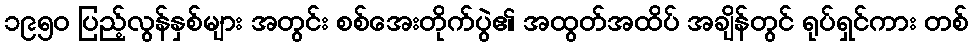
၁၉၅၀ ပြည့်လွန်နှစ်များ အတွင်း စစ်အေးတိုက်ပွဲ၏ အထွတ်အထိပ် အချိန်တွင် ရုပ်ရှင်ကား တစ်